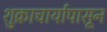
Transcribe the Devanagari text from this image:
शुक्राचार्यापासून